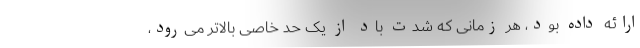
ارائه داده بود، هر زمانی که شدت باد از یک حد خاصی بالاتر می‌رود،